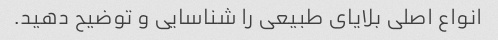
انواع اصلی بلایای طبیعی را شناسایی و توضیح دهید.